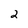
Character: 2